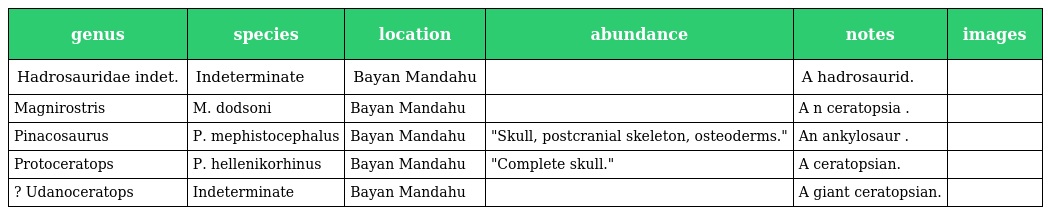
| genus | species | location | abundance | notes | images |
 | --- | --- | --- | --- | --- | --- |
 | Hadrosauridae indet. | Indeterminate | Bayan Mandahu |  | A hadrosaurid. |  |
 | Magnirostris | M. dodsoni | Bayan Mandahu |  | A n ceratopsia . |  |
 | Pinacosaurus | P. mephistocephalus | Bayan Mandahu | "Skull, postcranial skeleton, osteoderms." | An ankylosaur . |  |
 | Protoceratops | P. hellenikorhinus | Bayan Mandahu | "Complete skull." | A ceratopsian. |  |
 | ? Udanoceratops | Indeterminate | Bayan Mandahu |  | A giant ceratopsian. |  |